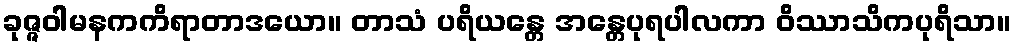
ခုဇ္ဇဝါမနကကိရာတာဒယော။ တာသံ ပရိယန္တေ အန္တေပုရပါလကာ ဝိဿာသိကပုရိသာ။